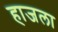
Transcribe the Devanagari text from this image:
हाजला